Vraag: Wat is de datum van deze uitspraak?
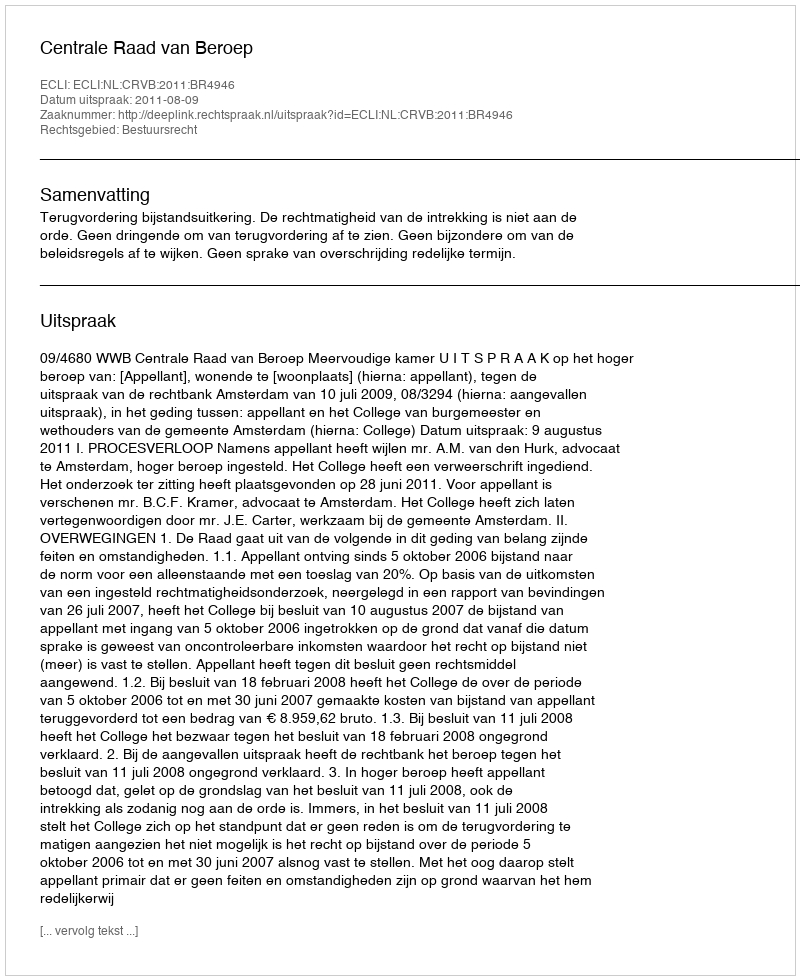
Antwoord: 2011-08-09